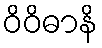
ဝိဝိဓာနိ